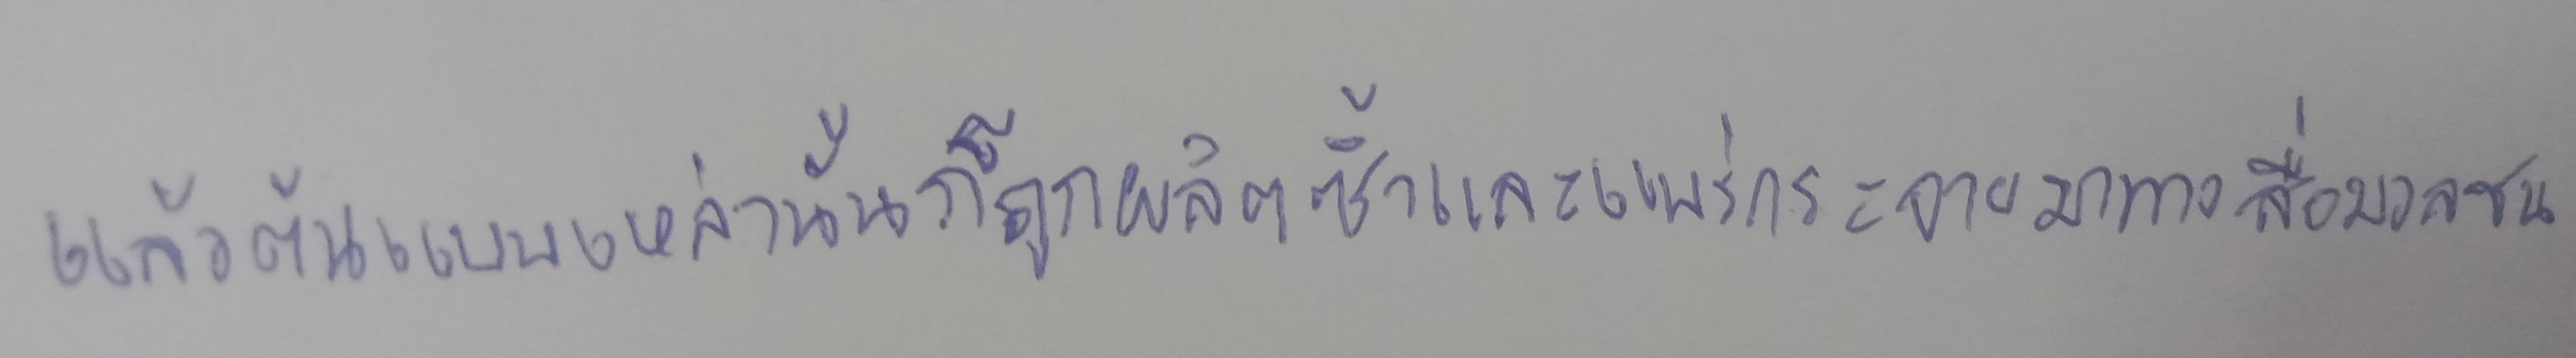
แล้วต้นแบบเหล่านั้นก็ถูกผลิตซ้ำและแพร่กระจายมาทางสื่อมวลชน